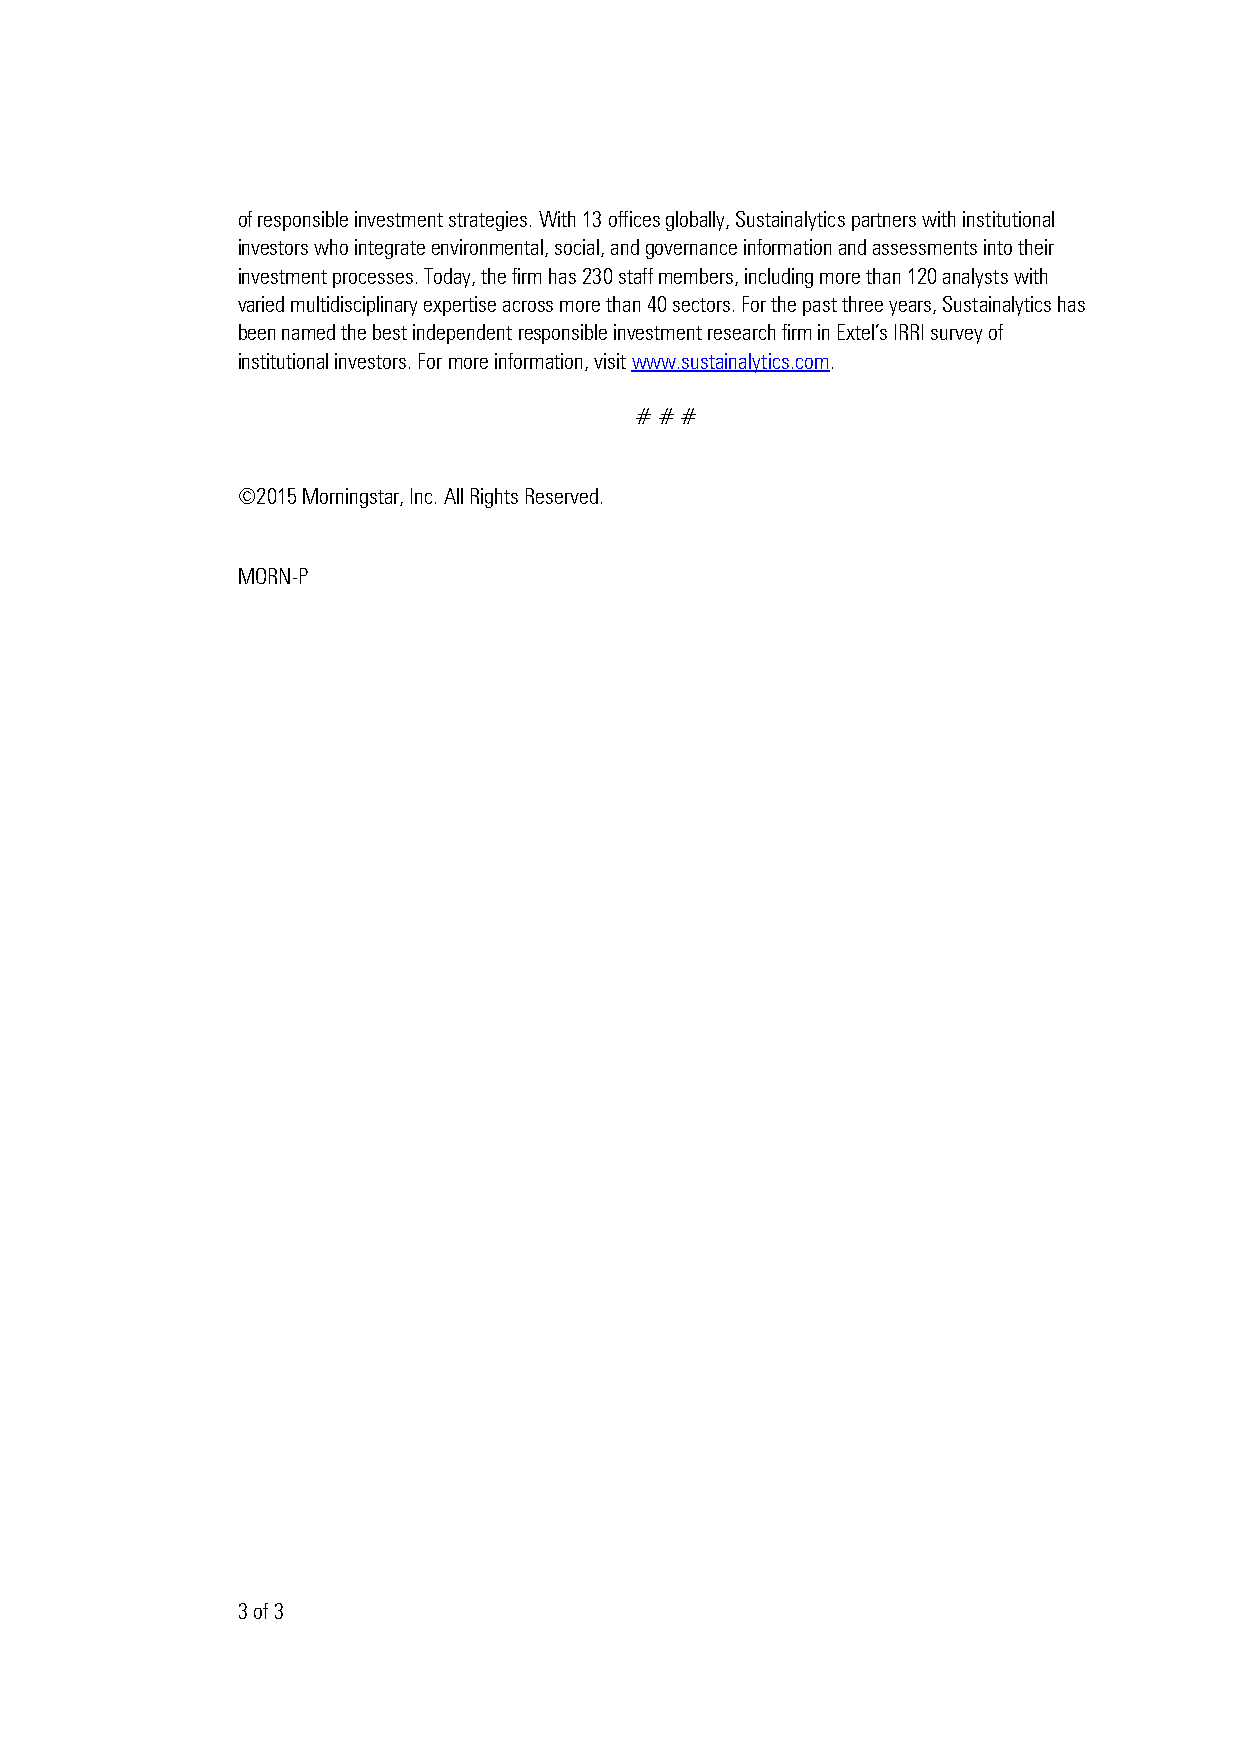
of responsible investment strategies. With 13 offices globally, Sustainalytics partners with institutional
 investors who integrate environmental, social, and governance information and assessments into their
 investment processes. Today, the firm has 230 staff members, including more than 120 analysts with
 varied multidisciplinary expertise across more than 40 sectors. For the past three years, Sustainalytics has
 been named the best independent responsible investment research firm in Extel’s IRRI survey of
 institutional investors. For more information, visit www.sustainalytics.com.
 # # #
 ©2015 Morningstar, Inc. All Rights Reserved.
 MORN-P
 3 of 3